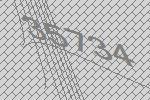
35734